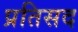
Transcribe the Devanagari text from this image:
प्रतिसद